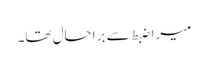
میرا ضبط سے براحال تھا۔